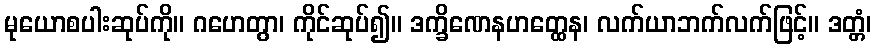
မုယောစပါးဆုပ်ကို။ ဂဟေတွာ၊ ကိုင်ဆုပ်၍။ ဒက္ခိဏေနဟတ္ထေန၊ လက်ယာဘက်လက်ဖြင့်။ ဒတ္တံ၊